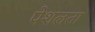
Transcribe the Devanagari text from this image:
पेशलता